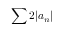
\sum 2 | a _ { n } |